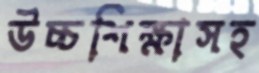
উচ্চশিক্ষাসহ